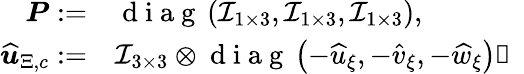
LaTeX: \begin{array}{rl}{\boldsymbol{P}:=}&{{}\mathrm{~d~i~a~g~}\left(\mathcal{I}_{1\times 3},\mathcal{I}_{1\times 3},\mathcal{I}_{1\times 3}\right),}\\ {\boldsymbol{\widehat{u}}_{\Xi,c}:=}&{{}\mathcal{I}_{3\times 3}\otimes\mathrm{~d~i~a~g~}\left(-\widehat{u}_{\xi},-\widehat{v}_{\xi},-\widehat{w}_{\xi}\right)，}\end{array}